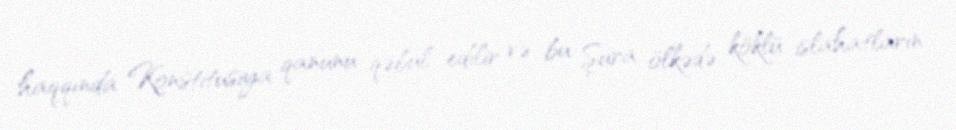
haqqında Konstitusiya qanunu qəbul edilir və bu Şura ölkədə köklü islahatların